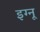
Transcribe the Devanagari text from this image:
इग्‍नू